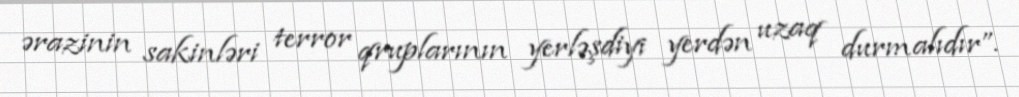
ərazinin sakinləri terror qruplarının yerləşdiyi yerdən uzaq durmalıdır”.